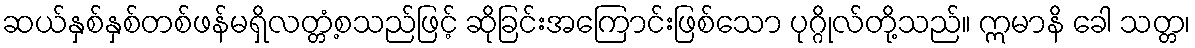
ဆယ်နှစ်နှစ်တစ်ဖန်မရှိလတ္တံ့စသည်ဖြင့် ဆိုခြင်းအကြောင်းဖြစ်သော ပုဂ္ဂိုလ်တို့သည်။ ဣမာနိ ခေါ သတ္တ၊